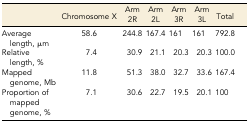
<table><thead><tr><td></td><td><b>Chromosome X</b></td><td><b>Arm 2R</b></td><td><b>Arm 2L</b></td><td><b>Arm 3R</b></td><td><b>Arm 3L</b></td><td><b>Total</b></td></tr></thead><tbody><tr><td>Average length, μm</td><td>58.6</td><td>244.8</td><td>167.4</td><td>161</td><td>161</td><td>792.8</td></tr><tr><td>Relative length, %</td><td>7.4</td><td>30.9</td><td>21.1</td><td>20.3</td><td>20.3</td><td>100.0</td></tr><tr><td>Mapped genome, Mb</td><td>11.8</td><td>51.3</td><td>38.0</td><td>32.7</td><td>33.6</td><td>167.4</td></tr><tr><td>Proportion of mapped genome, %</td><td>7.1</td><td>30.6</td><td>22.7</td><td>19.5</td><td>20.1</td><td>100</td></tr></tbody></table>